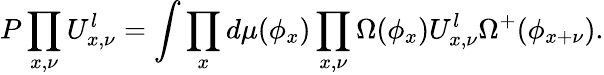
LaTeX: P\prod_{x,\nu}U_{x,\nu}^{l}=\int\prod_{x}d\mu(\phi_{x})\prod_{x,\nu}\Omega(\phi_{x})U_{x,\nu}^{l}\Omega^{+}(\phi_{x+\nu}).